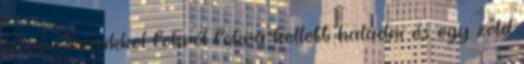
létrán kezükkel fokról fokra kellett haladni és egy zöld